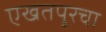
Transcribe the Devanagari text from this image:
एखतपूरचा